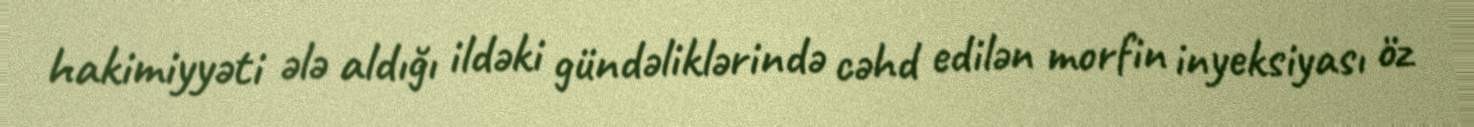
hakimiyyəti ələ aldığı ildəki gündəliklərində cəhd edilən morfin inyeksiyası öz